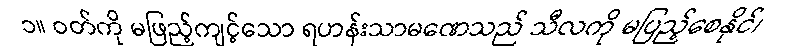
၁။ ဝတ်ကို မဖြည့်ကျင့်သော ရဟန်းသာမဏေသည် သီလကို မပြည့်စေနိုင်၊